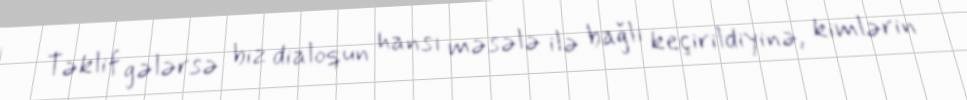
Təklif gələrsə biz dialoqun hansı məsələ ilə bağlı keçirildiyinə, kimlərin